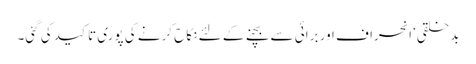
بدخلقی‘ انحراف اور برائی سے بچنے کے لئے نکاح کرنے کی پوری تاکید کی گئی۔